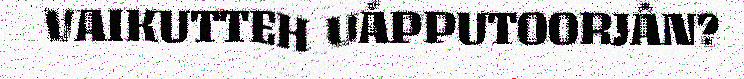
VAIKUTTEH UÁPPUTOORJÂN?